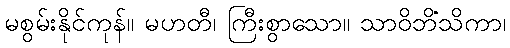
မစွမ်းနိုင်ကုန်။ မဟတီ၊ ကြီးစွာသော။ သာဝိဘိံသိကာ၊